Report on the bubonic plague in Bombay, 1896-1897
Year: 1896
Disease focus: Plague
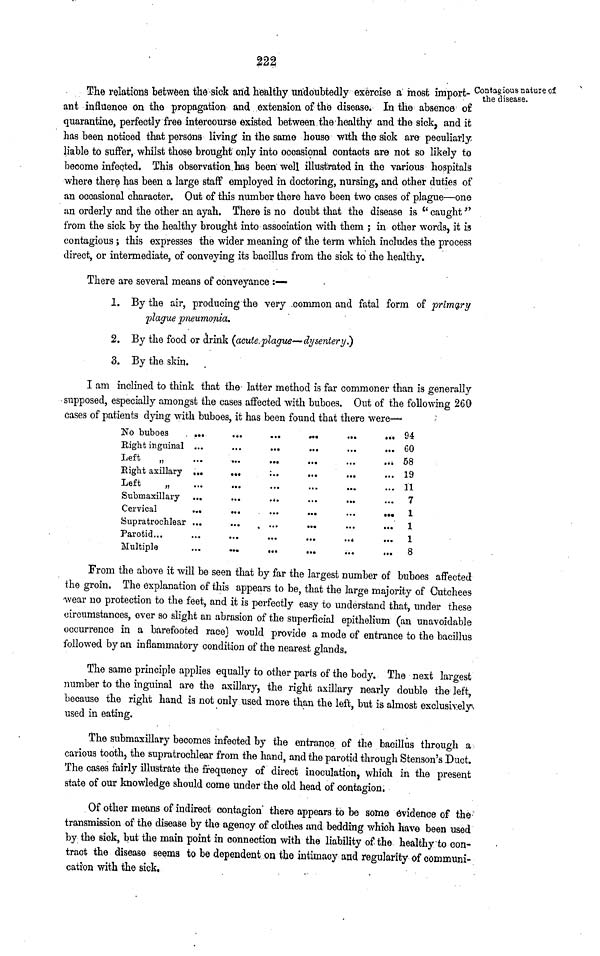
222
Contagious nature of
the disease.
The relations between the-sick arid healthy undoubtedly exercise a most import-
ant influence on the propagation and extension of the disease. In the absence of
quarantine, perfectly free intercourse existed between the healthy and the sick, and it
has been noticed that persons living in the same house with the sick are peculiarly
liable to suffer, whilst those brought only into occasional contacts are not so likely to
become infected. This observation.has been well illustrated in the various hospitals
where there has been a large staff employed in doctoring, nursing, and other duties of
an occasional character. Out of this number there have been two cases of plague—one
an orderly and the other an ayah. There is no doubt that the disease is " caught "
from the sick by the healthy brought into association with them ; in other words, it is
contagious ; this expresses the wider meaning of the term which includes the process
direct, or intermediate, of conveying its bacillus from the sick to the healthy.
There are several means of conveyance :—
1. By the air, producing the very common and fatal form of primary
plague pneumonia.
2. By the food or drink (acute plague—dysentery.)
3. By the skin.
I am inclined to think that the- latter method is far commoner than is generally
supposed, especially amongst the cases affected with buboes. Out of the following 260
cases of patients dying with buboes, it has been found that there
were-
No buboes
...
...
...
Right inguinal ...
Left
„
...
....
...
Eight axillary ...
...
...
Left
„ ... ... ...
Submaxillary ...
...
...
Cervical
...
...
...
Supratrochlear ...
...
...
Parotid ... ... ... ...
Multiple
...
...
...
.... ...
...
...
...
...
...
...
...
...
...
...
...
...
...
...
... ...
···
...
... 94
... 60
... 58
... 19
... 11
... 7
... 1
... 1
... 1
... 8
From the above it will be seen that by far the largest number of buboes affected
the groin. The explanation of this appears to be, that the large majority of Cutchees
wear no protection to the feet, and it is perfectly easy to understand that, under these
circumstances, ever so slight an abrasion of the superficial epithelium (an unavoidable
occurrence in a barefooted race) would provide a mode of entrance to the bacillus
followed by an inflammatory condition of the nearest glands.
The same principle applies equally to other parts of the body. The next largest
number to the inguinal are the axillary, the right axillary nearly double the left,
because the right hand is not only used more than the left, but is almost exclusively
used in eating.
The submaxillary becomes infected by the entrance of the bacillus through a
carious tooth, the supratrochlear from the hand, and the parotid through Stenson's Duct.
The cases fairly illustrate the frequency of direct inoculation, which in the present
state of our knowledge should come under the old head of contagion.
Of other means of indirect contagion there appears to be some evidence of the
transmission of the disease by the agency of clothes and bedding which have been used
by the sick, but the main point in connection with the liability of the healthy to con-
tract the disease seems to be dependent on the intimacy and regularity of communi-
cation with the sick.